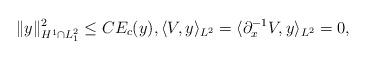
LaTeX: \begin{align*}\| y \|_{H^1 \cap L^2_1}^2 \leq C E_c(y), \langle V, y \rangle_{L^2} = \langle \partial_x^{-1} V, y \rangle_{L^2} = 0,\end{align*}